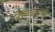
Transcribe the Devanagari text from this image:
निष्फळतानी